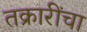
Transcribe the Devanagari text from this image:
तक्रारींचा